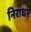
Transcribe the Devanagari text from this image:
निराधर